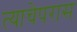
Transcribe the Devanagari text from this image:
त्याचेपरास